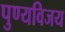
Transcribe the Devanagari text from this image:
पुण्यविजय